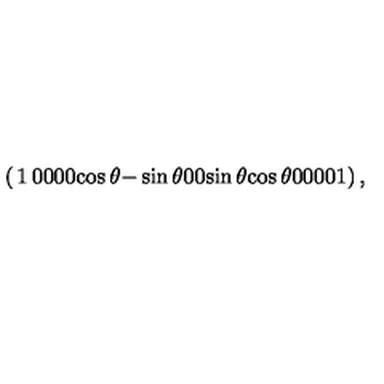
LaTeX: \left( \begin{matrix} { 1 } & { 0 } & { 0 } & { 0 } \\ { 0 } & { \cos \theta } & { - \sin \theta } & { 0 } \\ { 0 } & { \sin \theta } & { \cos \theta } & { 0 } \\ { 0 } & { 0 } & { 0 } & { 1 } \\ \end{matrix} \right) ,